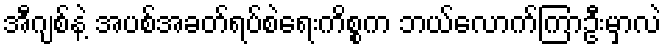
အီဂျစ်နဲ့ အပစ်အခတ်ရပ်စဲရေးကိစ္စက ဘယ်လောက်ကြာဦးမှာလဲ